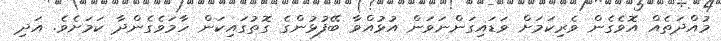
މުއްދަތެއް އޮވެގެން ވެރިކަމަށް ވަޑައިގަންނަވަން އުޅުއްވާ ބޭފުޅުންގެ ގޮތުގައިކަން ހާމަވެގެންދާ ކަމަށެވެ. އަދި